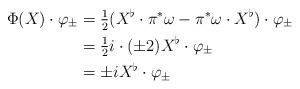
LaTeX: \begin{align*} \Phi(X)\cdot\varphi_\pm&=\tfrac{1}{2}(X^\flat\cdot\pi^*\omega-\pi^*\omega\cdot X^\flat)\cdot\varphi_\pm\\ &=\tfrac{1}{2}i\cdot(\pm 2)X^\flat\cdot\varphi_\pm\\ &=\pm i X^\flat\cdot\varphi_\pm \end{align*}